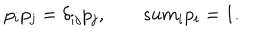
p _ { i } p _ { j } = \delta _ { i j } p _ { j } , \ \ \ \, s u m _ { i } p _ { i } = 1 .